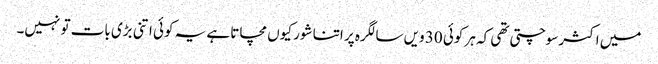
میں اکثر سوچتی تھی کہ ہر کوئی 30 ویں سالگرہ پر اتنا شور کیوں مچاتا ہے یہ کوئی اتنی بڑی بات تو نہیں۔